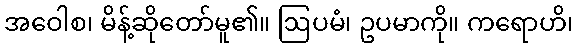
အဝေါစ၊ မိန့်ဆိုတော်မူ၏။ ဩပမံ၊ ဥပမာကို။ ကရောဟိ၊